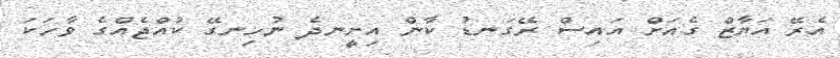
އެރޭ އަޔާޒް ގެއަށް އައިސް ރޭގަނޑު ކާން އިށީނދެ ނުހިނގޭ ކުއްޖެއްގެ ވާހަކަ